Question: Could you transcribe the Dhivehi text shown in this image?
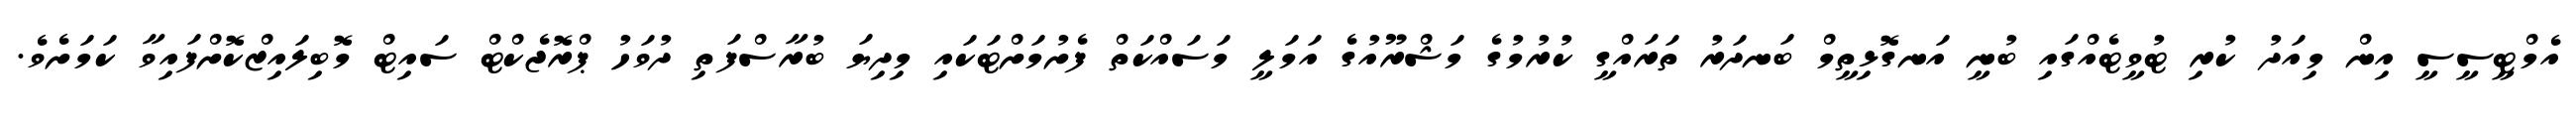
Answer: އެމްޓީސީސީ އިން މިއަދު ކުރި ޓުވީޓެއްގައި ބުނީ އަނގޮޅިތީމް ބަނދަރު ތަރައްގީ ކުރުމުގެ މަޝްރޫއުގެ އަމަލީ މަސައްކަތް ފެށުމަށްޓަކައި މިދިޔަ ބުރާސްފަތި ދުވަހު ޕްރޮޖެކްޓް ސައިޓް މޮބިލައިޒްކޮށްފައިވާ ކަމަށެވެ.